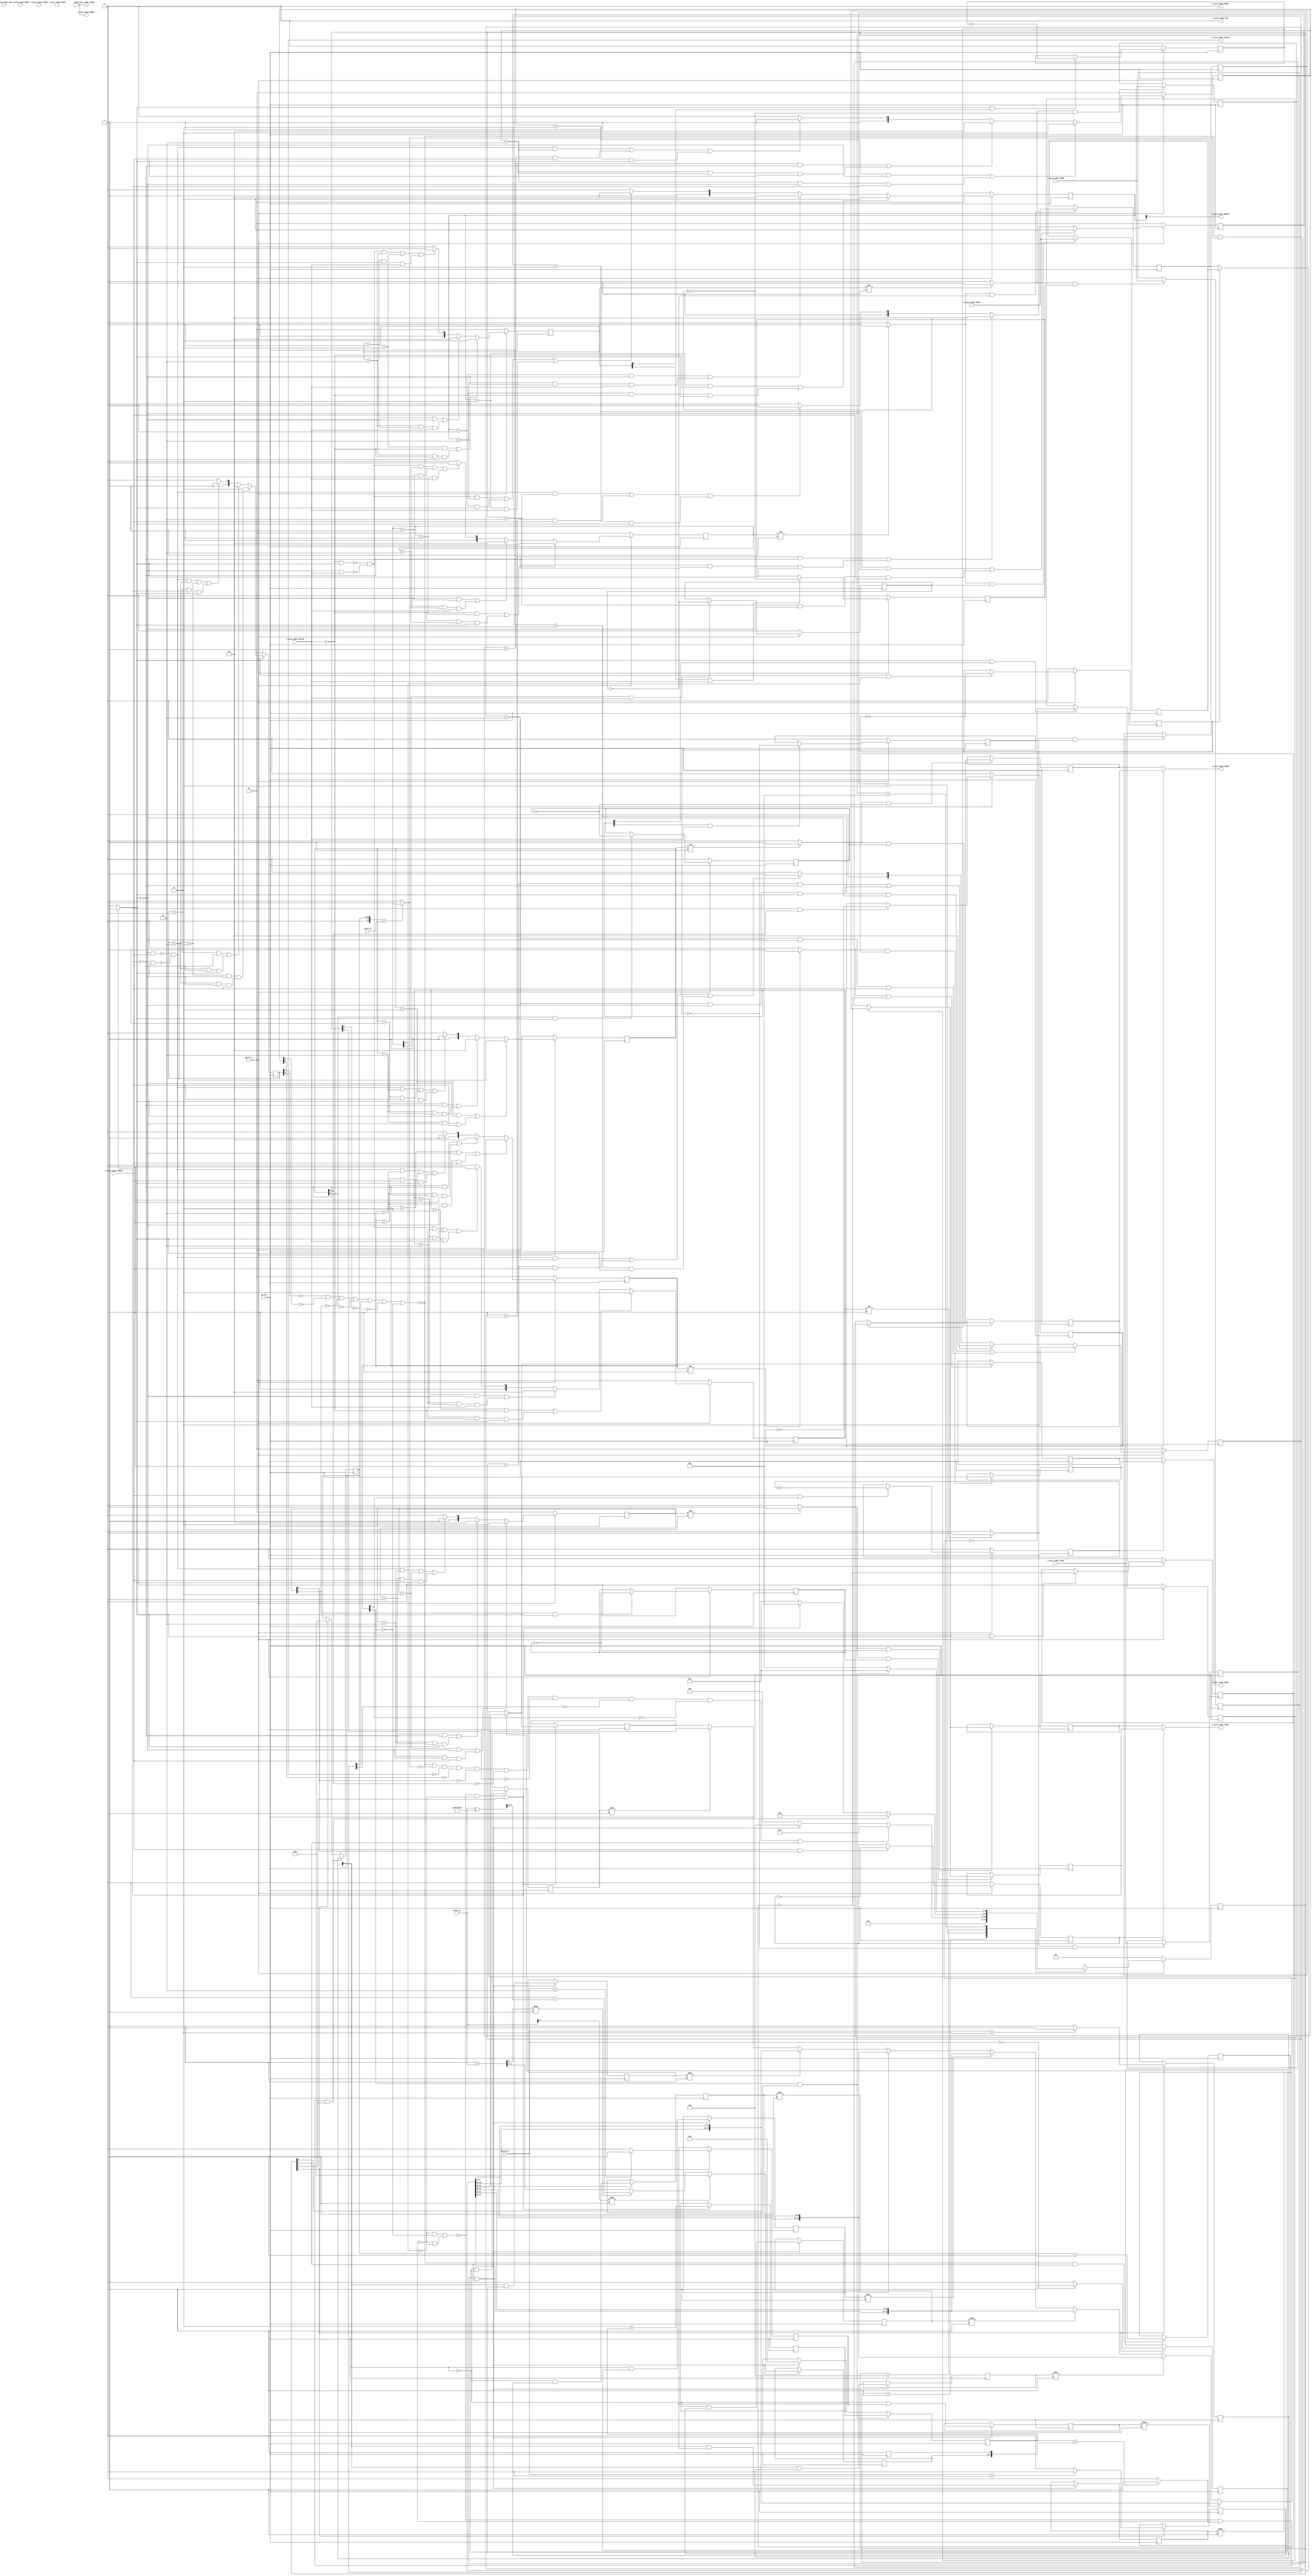
// ==============================================================
// RTL generated by Vivado(TM) HLS - High-Level Synthesis from C, C++ and SystemC
// Version: 2018.3
// Copyright (C) 1986-2018 Xilinx, Inc. All Rights Reserved.
// 
// ===========================================================

`timescale 1 ns / 1 ps 

(* CORE_GENERATION_INFO="rgb2bayer,hls_ip_2018_3,{HLS_INPUT_TYPE=cxx,HLS_INPUT_FLOAT=0,HLS_INPUT_FIXED=1,HLS_INPUT_PART=xc7z020clg484-1,HLS_INPUT_CLOCK=10.000000,HLS_INPUT_ARCH=others,HLS_SYN_CLOCK=3.466000,HLS_SYN_LAT=-1,HLS_SYN_TPT=none,HLS_SYN_MEM=0,HLS_SYN_DSP=0,HLS_SYN_FF=435,HLS_SYN_LUT=887,HLS_VERSION=2018_3}" *)

module rgb2bayer_12bit_2spc (
        ap_clk,
        ap_rst_n,
        s_axis_video_TDATA,
        s_axis_video_TVALID,
        s_axis_video_TREADY,
        s_axis_video_TKEEP,
        s_axis_video_TSTRB,
        s_axis_video_TUSER,
        s_axis_video_TLAST,
        s_axis_video_TID,
        s_axis_video_TDEST,
        m_axis_video_TDATA,
        m_axis_video_TVALID,
        m_axis_video_TREADY,
        m_axis_video_TKEEP,
        m_axis_video_TSTRB,
        m_axis_video_TUSER,
        m_axis_video_TLAST,
        m_axis_video_TID,
        m_axis_video_TDEST,
        hsize_in,
        vsize_in,
        pattern_V
);

parameter    ap_ST_fsm_state1 = 4'd1;
parameter    ap_ST_fsm_state2 = 4'd2;
parameter    ap_ST_fsm_state3 = 4'd4;
parameter    ap_ST_fsm_state4 = 4'd8;

input   ap_clk;
input   ap_rst_n;
input  [71:0] s_axis_video_TDATA;
input   s_axis_video_TVALID;
output   s_axis_video_TREADY;
input  [8:0] s_axis_video_TKEEP;
input  [8:0] s_axis_video_TSTRB;
input  [0:0] s_axis_video_TUSER;
input  [0:0] s_axis_video_TLAST;
input  [0:0] s_axis_video_TID;
input  [0:0] s_axis_video_TDEST;
output  [23:0] m_axis_video_TDATA;
output   m_axis_video_TVALID;
input   m_axis_video_TREADY;
output  [2:0] m_axis_video_TKEEP;
output  [2:0] m_axis_video_TSTRB;
output  [0:0] m_axis_video_TUSER;
output  [0:0] m_axis_video_TLAST;
output  [0:0] m_axis_video_TID;
output  [0:0] m_axis_video_TDEST;
input  [31:0] hsize_in;
input  [31:0] vsize_in;
input  [1:0] pattern_V;

 reg    ap_rst_n_inv;
reg   [71:0] s_axis_video_V_data_V_0_data_out;
wire    s_axis_video_V_data_V_0_vld_in;
wire    s_axis_video_V_data_V_0_vld_out;
wire    s_axis_video_V_data_V_0_ack_in;
reg    s_axis_video_V_data_V_0_ack_out;
reg   [71:0] s_axis_video_V_data_V_0_payload_A;
reg   [71:0] s_axis_video_V_data_V_0_payload_B;
reg    s_axis_video_V_data_V_0_sel_rd;
reg    s_axis_video_V_data_V_0_sel_wr;
wire    s_axis_video_V_data_V_0_sel;
wire    s_axis_video_V_data_V_0_load_A;
wire    s_axis_video_V_data_V_0_load_B;
reg   [1:0] s_axis_video_V_data_V_0_state;
wire    s_axis_video_V_data_V_0_state_cmp_full;
reg   [0:0] s_axis_video_V_user_V_0_data_out;
wire    s_axis_video_V_user_V_0_vld_in;
wire    s_axis_video_V_user_V_0_vld_out;
wire    s_axis_video_V_user_V_0_ack_in;
reg    s_axis_video_V_user_V_0_ack_out;
reg   [0:0] s_axis_video_V_user_V_0_payload_A;
reg   [0:0] s_axis_video_V_user_V_0_payload_B;
reg    s_axis_video_V_user_V_0_sel_rd;
reg    s_axis_video_V_user_V_0_sel_wr;
wire    s_axis_video_V_user_V_0_sel;
wire    s_axis_video_V_user_V_0_load_A;
wire    s_axis_video_V_user_V_0_load_B;
reg   [1:0] s_axis_video_V_user_V_0_state;
wire    s_axis_video_V_user_V_0_state_cmp_full;
reg   [0:0] s_axis_video_V_last_V_0_data_out;
wire    s_axis_video_V_last_V_0_vld_in;
wire    s_axis_video_V_last_V_0_vld_out;
wire    s_axis_video_V_last_V_0_ack_in;
reg    s_axis_video_V_last_V_0_ack_out;
reg   [0:0] s_axis_video_V_last_V_0_payload_A;
reg   [0:0] s_axis_video_V_last_V_0_payload_B;
reg    s_axis_video_V_last_V_0_sel_rd;
reg    s_axis_video_V_last_V_0_sel_wr;
wire    s_axis_video_V_last_V_0_sel;
wire    s_axis_video_V_last_V_0_load_A;
wire    s_axis_video_V_last_V_0_load_B;
reg   [1:0] s_axis_video_V_last_V_0_state;
wire    s_axis_video_V_last_V_0_state_cmp_full;
wire    s_axis_video_V_dest_V_0_vld_in;
reg    s_axis_video_V_dest_V_0_ack_out;
reg   [1:0] s_axis_video_V_dest_V_0_state;
reg   [23:0] m_axis_video_V_data_V_1_data_out;
reg    m_axis_video_V_data_V_1_vld_in;
wire    m_axis_video_V_data_V_1_vld_out;
wire    m_axis_video_V_data_V_1_ack_in;
wire    m_axis_video_V_data_V_1_ack_out;
reg   [23:0] m_axis_video_V_data_V_1_payload_A;
reg   [23:0] m_axis_video_V_data_V_1_payload_B;
reg    m_axis_video_V_data_V_1_sel_rd;
reg    m_axis_video_V_data_V_1_sel_wr;
wire    m_axis_video_V_data_V_1_sel;
wire    m_axis_video_V_data_V_1_load_A;
wire    m_axis_video_V_data_V_1_load_B;
reg   [1:0] m_axis_video_V_data_V_1_state;
wire    m_axis_video_V_data_V_1_state_cmp_full;
wire   [2:0] m_axis_video_V_keep_V_1_data_out;
reg    m_axis_video_V_keep_V_1_vld_in;
wire    m_axis_video_V_keep_V_1_vld_out;
wire    m_axis_video_V_keep_V_1_ack_in;
wire    m_axis_video_V_keep_V_1_ack_out;
reg    m_axis_video_V_keep_V_1_sel_rd;
wire    m_axis_video_V_keep_V_1_sel;
reg   [1:0] m_axis_video_V_keep_V_1_state;
wire   [2:0] m_axis_video_V_strb_V_1_data_out;
reg    m_axis_video_V_strb_V_1_vld_in;
wire    m_axis_video_V_strb_V_1_vld_out;
wire    m_axis_video_V_strb_V_1_ack_in;
wire    m_axis_video_V_strb_V_1_ack_out;
reg    m_axis_video_V_strb_V_1_sel_rd;
wire    m_axis_video_V_strb_V_1_sel;
reg   [1:0] m_axis_video_V_strb_V_1_state;
reg   [0:0] m_axis_video_V_user_V_1_data_out;
reg    m_axis_video_V_user_V_1_vld_in;
wire    m_axis_video_V_user_V_1_vld_out;
wire    m_axis_video_V_user_V_1_ack_in;
wire    m_axis_video_V_user_V_1_ack_out;
reg   [0:0] m_axis_video_V_user_V_1_payload_A;
reg   [0:0] m_axis_video_V_user_V_1_payload_B;
reg    m_axis_video_V_user_V_1_sel_rd;
reg    m_axis_video_V_user_V_1_sel_wr;
wire    m_axis_video_V_user_V_1_sel;
wire    m_axis_video_V_user_V_1_load_A;
wire    m_axis_video_V_user_V_1_load_B;
reg   [1:0] m_axis_video_V_user_V_1_state;
wire    m_axis_video_V_user_V_1_state_cmp_full;
reg   [0:0] m_axis_video_V_last_V_1_data_out;
reg    m_axis_video_V_last_V_1_vld_in;
wire    m_axis_video_V_last_V_1_vld_out;
wire    m_axis_video_V_last_V_1_ack_in;
wire    m_axis_video_V_last_V_1_ack_out;
reg   [0:0] m_axis_video_V_last_V_1_payload_A;
reg   [0:0] m_axis_video_V_last_V_1_payload_B;
reg    m_axis_video_V_last_V_1_sel_rd;
reg    m_axis_video_V_last_V_1_sel_wr;
wire    m_axis_video_V_last_V_1_sel;
wire    m_axis_video_V_last_V_1_load_A;
wire    m_axis_video_V_last_V_1_load_B;
reg   [1:0] m_axis_video_V_last_V_1_state;
wire    m_axis_video_V_last_V_1_state_cmp_full;
wire   [0:0] m_axis_video_V_id_V_1_data_out;
reg    m_axis_video_V_id_V_1_vld_in;
wire    m_axis_video_V_id_V_1_vld_out;
wire    m_axis_video_V_id_V_1_ack_in;
wire    m_axis_video_V_id_V_1_ack_out;
reg    m_axis_video_V_id_V_1_sel_rd;
wire    m_axis_video_V_id_V_1_sel;
reg   [1:0] m_axis_video_V_id_V_1_state;
wire   [0:0] m_axis_video_V_dest_V_1_data_out;
reg    m_axis_video_V_dest_V_1_vld_in;
wire    m_axis_video_V_dest_V_1_vld_out;
wire    m_axis_video_V_dest_V_1_ack_in;
wire    m_axis_video_V_dest_V_1_ack_out;
reg    m_axis_video_V_dest_V_1_sel_rd;
wire    m_axis_video_V_dest_V_1_sel;
reg   [1:0] m_axis_video_V_dest_V_1_state;
reg    s_axis_video_TDATA_blk_n;
(* fsm_encoding = "none" *) reg   [3:0] ap_CS_fsm;
wire    ap_CS_fsm_state3;
wire   [0:0] tmp_10_fu_381_p2;
reg    m_axis_video_TDATA_blk_n;
wire    ap_CS_fsm_state4;
wire    ap_CS_fsm_state1;
wire   [0:0] sel_tmp_fu_217_p2;
reg   [0:0] sel_tmp_reg_567;
wire   [0:0] sel_tmp7_fu_223_p2;
reg   [0:0] sel_tmp7_reg_573;
wire   [0:0] sel_tmp4_fu_229_p2;
reg   [0:0] sel_tmp4_reg_579;
wire   [0:0] sel_tmp3_fu_235_p2;
reg   [0:0] sel_tmp3_reg_585;
wire   [30:0] j_1_fu_250_p2;
reg   [30:0] j_1_reg_594;
wire    ap_CS_fsm_state2;
reg    ap_block_state2;
wire   [0:0] sel_tmp1_fu_266_p2;
reg   [0:0] sel_tmp1_reg_599;
wire   [0:0] tmp_1_fu_245_p2;
wire   [0:0] sel_tmp5_fu_271_p2;
reg   [0:0] sel_tmp5_reg_604;
wire   [0:0] sel_tmp8_fu_276_p2;
reg   [0:0] sel_tmp8_reg_609;
wire   [0:0] sel_tmp2_fu_281_p2;
reg   [0:0] sel_tmp2_reg_614;
wire   [0:0] sel_tmp6_fu_286_p2;
reg   [0:0] sel_tmp6_reg_619;
wire   [0:0] sel_tmp9_fu_291_p2;
reg   [0:0] sel_tmp9_reg_624;
wire   [0:0] sel_tmp10_fu_296_p2;
reg   [0:0] sel_tmp10_reg_629;
wire   [0:0] sel_tmp11_fu_301_p2;
reg   [0:0] sel_tmp11_reg_634;
wire   [31:0] tmp_9_fu_373_p3;
reg   [31:0] tmp_9_reg_639;
reg    ap_block_state3;
reg    ap_block_state3_io;
wire   [23:0] video_o_data_V_fu_530_p3;
wire   [31:0] i_1_fu_538_p2;
reg   [31:0] i_1_reg_662;
reg   [30:0] j_reg_195;
reg   [31:0] i_reg_206;
reg   [23:0] p_Val2_s_fu_126;
wire   [31:0] j_cast_fu_241_p1;
wire   [0:0] tmp_2_fu_256_p1;
wire   [0:0] tmp_3_fu_260_p2;
wire   [31:0] hsize_in_op_op_fu_313_p2;
wire   [31:0] p_neg_fu_326_p2;
wire   [30:0] p_lshr_fu_331_p4;
wire   [0:0] tmp_5_fu_318_p3;
wire   [30:0] p_neg_t_fu_341_p2;
wire   [30:0] tmp_6_fu_347_p4;
wire   [0:0] tmp_4_fu_306_p3;
wire   [30:0] tmp_7_fu_357_p3;
wire   [30:0] tmp_8_fu_365_p3;
wire   [11:0] p_Result_6_fu_417_p4;
wire   [11:0] tmp_11_fu_413_p1;
wire   [11:0] p_Result_s_7_fu_435_p4;
wire   [11:0] p_Result_3_fu_463_p4;
wire   [11:0] p_Result_2_fu_453_p4;
wire   [23:0] p_Result_s_fu_403_p4;
wire   [23:0] p_Result_1_fu_427_p3;
wire   [23:0] video_o_data_V_4_fu_481_p3;
wire   [23:0] p_Result_4_fu_445_p3;
wire   [23:0] video_o_data_V_5_fu_488_p3;
wire   [23:0] p_Result_5_fu_473_p3;
wire   [23:0] video_o_data_V_6_fu_495_p3;
wire   [23:0] video_o_data_V_7_fu_502_p3;
wire   [23:0] video_o_data_V_8_fu_509_p3;
wire   [23:0] video_o_data_V_9_fu_516_p3;
wire   [23:0] video_o_data_V_11_fu_523_p3;
reg   [3:0] ap_NS_fsm;

// power-on initialization
initial begin
#0 s_axis_video_V_data_V_0_sel_rd = 1'b0;
#0 s_axis_video_V_data_V_0_sel_wr = 1'b0;
#0 s_axis_video_V_data_V_0_state = 2'd0;
#0 s_axis_video_V_user_V_0_sel_rd = 1'b0;
#0 s_axis_video_V_user_V_0_sel_wr = 1'b0;
#0 s_axis_video_V_user_V_0_state = 2'd0;
#0 s_axis_video_V_last_V_0_sel_rd = 1'b0;
#0 s_axis_video_V_last_V_0_sel_wr = 1'b0;
#0 s_axis_video_V_last_V_0_state = 2'd0;
#0 s_axis_video_V_dest_V_0_state = 2'd0;
#0 m_axis_video_V_data_V_1_sel_rd = 1'b0;
#0 m_axis_video_V_data_V_1_sel_wr = 1'b0;
#0 m_axis_video_V_data_V_1_state = 2'd0;
#0 m_axis_video_V_keep_V_1_sel_rd = 1'b0;
#0 m_axis_video_V_keep_V_1_state = 2'd0;
#0 m_axis_video_V_strb_V_1_sel_rd = 1'b0;
#0 m_axis_video_V_strb_V_1_state = 2'd0;
#0 m_axis_video_V_user_V_1_sel_rd = 1'b0;
#0 m_axis_video_V_user_V_1_sel_wr = 1'b0;
#0 m_axis_video_V_user_V_1_state = 2'd0;
#0 m_axis_video_V_last_V_1_sel_rd = 1'b0;
#0 m_axis_video_V_last_V_1_sel_wr = 1'b0;
#0 m_axis_video_V_last_V_1_state = 2'd0;
#0 m_axis_video_V_id_V_1_sel_rd = 1'b0;
#0 m_axis_video_V_id_V_1_state = 2'd0;
#0 m_axis_video_V_dest_V_1_sel_rd = 1'b0;
#0 m_axis_video_V_dest_V_1_state = 2'd0;
#0 ap_CS_fsm = 4'd1;
end

always @ (posedge ap_clk) begin
    if (ap_rst_n_inv == 1'b1) begin
        ap_CS_fsm <= ap_ST_fsm_state1;
    end else begin
        ap_CS_fsm <= ap_NS_fsm;
    end
end

always @ (posedge ap_clk) begin
    if (ap_rst_n_inv == 1'b1) begin
        m_axis_video_V_data_V_1_sel_rd <= 1'b0;
    end else begin
        if (((m_axis_video_V_data_V_1_ack_out == 1'b1) & (m_axis_video_V_data_V_1_vld_out == 1'b1))) begin
            m_axis_video_V_data_V_1_sel_rd <= ~m_axis_video_V_data_V_1_sel_rd;
        end
    end
end

always @ (posedge ap_clk) begin
    if (ap_rst_n_inv == 1'b1) begin
        m_axis_video_V_data_V_1_sel_wr <= 1'b0;
    end else begin
        if (((m_axis_video_V_data_V_1_ack_in == 1'b1) & (m_axis_video_V_data_V_1_vld_in == 1'b1))) begin
            m_axis_video_V_data_V_1_sel_wr <= ~m_axis_video_V_data_V_1_sel_wr;
        end
    end
end

always @ (posedge ap_clk) begin
    if (ap_rst_n_inv == 1'b1) begin
        m_axis_video_V_data_V_1_state <= 2'd0;
    end else begin
        if ((((m_axis_video_V_data_V_1_state == 2'd2) & (m_axis_video_V_data_V_1_vld_in == 1'b0)) | ((m_axis_video_V_data_V_1_state == 2'd3) & (m_axis_video_V_data_V_1_vld_in == 1'b0) & (m_axis_video_V_data_V_1_ack_out == 1'b1)))) begin
            m_axis_video_V_data_V_1_state <= 2'd2;
        end else if ((((m_axis_video_V_data_V_1_state == 2'd1) & (m_axis_video_V_data_V_1_ack_out == 1'b0)) | ((m_axis_video_V_data_V_1_state == 2'd3) & (m_axis_video_V_data_V_1_ack_out == 1'b0) & (m_axis_video_V_data_V_1_vld_in == 1'b1)))) begin
            m_axis_video_V_data_V_1_state <= 2'd1;
        end else if (((~((m_axis_video_V_data_V_1_vld_in == 1'b0) & (m_axis_video_V_data_V_1_ack_out == 1'b1)) & ~((m_axis_video_V_data_V_1_ack_out == 1'b0) & (m_axis_video_V_data_V_1_vld_in == 1'b1)) & (m_axis_video_V_data_V_1_state == 2'd3)) | ((m_axis_video_V_data_V_1_state == 2'd1) & (m_axis_video_V_data_V_1_ack_out == 1'b1)) | ((m_axis_video_V_data_V_1_state == 2'd2) & (m_axis_video_V_data_V_1_vld_in == 1'b1)))) begin
            m_axis_video_V_data_V_1_state <= 2'd3;
        end else begin
            m_axis_video_V_data_V_1_state <= 2'd2;
        end
    end
end

always @ (posedge ap_clk) begin
    if (ap_rst_n_inv == 1'b1) begin
        m_axis_video_V_dest_V_1_sel_rd <= 1'b0;
    end else begin
        if (((m_axis_video_V_dest_V_1_ack_out == 1'b1) & (m_axis_video_V_dest_V_1_vld_out == 1'b1))) begin
            m_axis_video_V_dest_V_1_sel_rd <= ~m_axis_video_V_dest_V_1_sel_rd;
        end
    end
end

always @ (posedge ap_clk) begin
    if (ap_rst_n_inv == 1'b1) begin
        m_axis_video_V_dest_V_1_state <= 2'd0;
    end else begin
        if ((((m_axis_video_V_dest_V_1_state == 2'd2) & (m_axis_video_V_dest_V_1_vld_in == 1'b0)) | ((m_axis_video_V_dest_V_1_state == 2'd3) & (m_axis_video_V_dest_V_1_vld_in == 1'b0) & (m_axis_video_V_dest_V_1_ack_out == 1'b1)))) begin
            m_axis_video_V_dest_V_1_state <= 2'd2;
        end else if ((((m_axis_video_V_dest_V_1_state == 2'd1) & (m_axis_video_V_dest_V_1_ack_out == 1'b0)) | ((m_axis_video_V_dest_V_1_state == 2'd3) & (m_axis_video_V_dest_V_1_ack_out == 1'b0) & (m_axis_video_V_dest_V_1_vld_in == 1'b1)))) begin
            m_axis_video_V_dest_V_1_state <= 2'd1;
        end else if (((~((m_axis_video_V_dest_V_1_vld_in == 1'b0) & (m_axis_video_V_dest_V_1_ack_out == 1'b1)) & ~((m_axis_video_V_dest_V_1_ack_out == 1'b0) & (m_axis_video_V_dest_V_1_vld_in == 1'b1)) & (m_axis_video_V_dest_V_1_state == 2'd3)) | ((m_axis_video_V_dest_V_1_state == 2'd1) & (m_axis_video_V_dest_V_1_ack_out == 1'b1)) | ((m_axis_video_V_dest_V_1_state == 2'd2) & (m_axis_video_V_dest_V_1_vld_in == 1'b1)))) begin
            m_axis_video_V_dest_V_1_state <= 2'd3;
        end else begin
            m_axis_video_V_dest_V_1_state <= 2'd2;
        end
    end
end

always @ (posedge ap_clk) begin
    if (ap_rst_n_inv == 1'b1) begin
        m_axis_video_V_id_V_1_sel_rd <= 1'b0;
    end else begin
        if (((m_axis_video_V_id_V_1_ack_out == 1'b1) & (m_axis_video_V_id_V_1_vld_out == 1'b1))) begin
            m_axis_video_V_id_V_1_sel_rd <= ~m_axis_video_V_id_V_1_sel_rd;
        end
    end
end

always @ (posedge ap_clk) begin
    if (ap_rst_n_inv == 1'b1) begin
        m_axis_video_V_id_V_1_state <= 2'd0;
    end else begin
        if ((((m_axis_video_V_id_V_1_state == 2'd2) & (m_axis_video_V_id_V_1_vld_in == 1'b0)) | ((m_axis_video_V_id_V_1_state == 2'd3) & (m_axis_video_V_id_V_1_vld_in == 1'b0) & (m_axis_video_V_id_V_1_ack_out == 1'b1)))) begin
            m_axis_video_V_id_V_1_state <= 2'd2;
        end else if ((((m_axis_video_V_id_V_1_state == 2'd1) & (m_axis_video_V_id_V_1_ack_out == 1'b0)) | ((m_axis_video_V_id_V_1_state == 2'd3) & (m_axis_video_V_id_V_1_ack_out == 1'b0) & (m_axis_video_V_id_V_1_vld_in == 1'b1)))) begin
            m_axis_video_V_id_V_1_state <= 2'd1;
        end else if (((~((m_axis_video_V_id_V_1_vld_in == 1'b0) & (m_axis_video_V_id_V_1_ack_out == 1'b1)) & ~((m_axis_video_V_id_V_1_ack_out == 1'b0) & (m_axis_video_V_id_V_1_vld_in == 1'b1)) & (m_axis_video_V_id_V_1_state == 2'd3)) | ((m_axis_video_V_id_V_1_state == 2'd1) & (m_axis_video_V_id_V_1_ack_out == 1'b1)) | ((m_axis_video_V_id_V_1_state == 2'd2) & (m_axis_video_V_id_V_1_vld_in == 1'b1)))) begin
            m_axis_video_V_id_V_1_state <= 2'd3;
        end else begin
            m_axis_video_V_id_V_1_state <= 2'd2;
        end
    end
end

always @ (posedge ap_clk) begin
    if (ap_rst_n_inv == 1'b1) begin
        m_axis_video_V_keep_V_1_sel_rd <= 1'b0;
    end else begin
        if (((m_axis_video_V_keep_V_1_ack_out == 1'b1) & (m_axis_video_V_keep_V_1_vld_out == 1'b1))) begin
            m_axis_video_V_keep_V_1_sel_rd <= ~m_axis_video_V_keep_V_1_sel_rd;
        end
    end
end

always @ (posedge ap_clk) begin
    if (ap_rst_n_inv == 1'b1) begin
        m_axis_video_V_keep_V_1_state <= 2'd0;
    end else begin
        if ((((m_axis_video_V_keep_V_1_state == 2'd2) & (m_axis_video_V_keep_V_1_vld_in == 1'b0)) | ((m_axis_video_V_keep_V_1_state == 2'd3) & (m_axis_video_V_keep_V_1_vld_in == 1'b0) & (m_axis_video_V_keep_V_1_ack_out == 1'b1)))) begin
            m_axis_video_V_keep_V_1_state <= 2'd2;
        end else if ((((m_axis_video_V_keep_V_1_state == 2'd1) & (m_axis_video_V_keep_V_1_ack_out == 1'b0)) | ((m_axis_video_V_keep_V_1_state == 2'd3) & (m_axis_video_V_keep_V_1_ack_out == 1'b0) & (m_axis_video_V_keep_V_1_vld_in == 1'b1)))) begin
            m_axis_video_V_keep_V_1_state <= 2'd1;
        end else if (((~((m_axis_video_V_keep_V_1_vld_in == 1'b0) & (m_axis_video_V_keep_V_1_ack_out == 1'b1)) & ~((m_axis_video_V_keep_V_1_ack_out == 1'b0) & (m_axis_video_V_keep_V_1_vld_in == 1'b1)) & (m_axis_video_V_keep_V_1_state == 2'd3)) | ((m_axis_video_V_keep_V_1_state == 2'd1) & (m_axis_video_V_keep_V_1_ack_out == 1'b1)) | ((m_axis_video_V_keep_V_1_state == 2'd2) & (m_axis_video_V_keep_V_1_vld_in == 1'b1)))) begin
            m_axis_video_V_keep_V_1_state <= 2'd3;
        end else begin
            m_axis_video_V_keep_V_1_state <= 2'd2;
        end
    end
end

always @ (posedge ap_clk) begin
    if (ap_rst_n_inv == 1'b1) begin
        m_axis_video_V_last_V_1_sel_rd <= 1'b0;
    end else begin
        if (((m_axis_video_V_last_V_1_ack_out == 1'b1) & (m_axis_video_V_last_V_1_vld_out == 1'b1))) begin
            m_axis_video_V_last_V_1_sel_rd <= ~m_axis_video_V_last_V_1_sel_rd;
        end
    end
end

always @ (posedge ap_clk) begin
    if (ap_rst_n_inv == 1'b1) begin
        m_axis_video_V_last_V_1_sel_wr <= 1'b0;
    end else begin
        if (((m_axis_video_V_last_V_1_ack_in == 1'b1) & (m_axis_video_V_last_V_1_vld_in == 1'b1))) begin
            m_axis_video_V_last_V_1_sel_wr <= ~m_axis_video_V_last_V_1_sel_wr;
        end
    end
end

always @ (posedge ap_clk) begin
    if (ap_rst_n_inv == 1'b1) begin
        m_axis_video_V_last_V_1_state <= 2'd0;
    end else begin
        if ((((m_axis_video_V_last_V_1_state == 2'd2) & (m_axis_video_V_last_V_1_vld_in == 1'b0)) | ((m_axis_video_V_last_V_1_state == 2'd3) & (m_axis_video_V_last_V_1_vld_in == 1'b0) & (m_axis_video_V_last_V_1_ack_out == 1'b1)))) begin
            m_axis_video_V_last_V_1_state <= 2'd2;
        end else if ((((m_axis_video_V_last_V_1_state == 2'd1) & (m_axis_video_V_last_V_1_ack_out == 1'b0)) | ((m_axis_video_V_last_V_1_state == 2'd3) & (m_axis_video_V_last_V_1_ack_out == 1'b0) & (m_axis_video_V_last_V_1_vld_in == 1'b1)))) begin
            m_axis_video_V_last_V_1_state <= 2'd1;
        end else if (((~((m_axis_video_V_last_V_1_vld_in == 1'b0) & (m_axis_video_V_last_V_1_ack_out == 1'b1)) & ~((m_axis_video_V_last_V_1_ack_out == 1'b0) & (m_axis_video_V_last_V_1_vld_in == 1'b1)) & (m_axis_video_V_last_V_1_state == 2'd3)) | ((m_axis_video_V_last_V_1_state == 2'd1) & (m_axis_video_V_last_V_1_ack_out == 1'b1)) | ((m_axis_video_V_last_V_1_state == 2'd2) & (m_axis_video_V_last_V_1_vld_in == 1'b1)))) begin
            m_axis_video_V_last_V_1_state <= 2'd3;
        end else begin
            m_axis_video_V_last_V_1_state <= 2'd2;
        end
    end
end

always @ (posedge ap_clk) begin
    if (ap_rst_n_inv == 1'b1) begin
        m_axis_video_V_strb_V_1_sel_rd <= 1'b0;
    end else begin
        if (((m_axis_video_V_strb_V_1_ack_out == 1'b1) & (m_axis_video_V_strb_V_1_vld_out == 1'b1))) begin
            m_axis_video_V_strb_V_1_sel_rd <= ~m_axis_video_V_strb_V_1_sel_rd;
        end
    end
end

always @ (posedge ap_clk) begin
    if (ap_rst_n_inv == 1'b1) begin
        m_axis_video_V_strb_V_1_state <= 2'd0;
    end else begin
        if ((((m_axis_video_V_strb_V_1_state == 2'd2) & (m_axis_video_V_strb_V_1_vld_in == 1'b0)) | ((m_axis_video_V_strb_V_1_state == 2'd3) & (m_axis_video_V_strb_V_1_vld_in == 1'b0) & (m_axis_video_V_strb_V_1_ack_out == 1'b1)))) begin
            m_axis_video_V_strb_V_1_state <= 2'd2;
        end else if ((((m_axis_video_V_strb_V_1_state == 2'd1) & (m_axis_video_V_strb_V_1_ack_out == 1'b0)) | ((m_axis_video_V_strb_V_1_state == 2'd3) & (m_axis_video_V_strb_V_1_ack_out == 1'b0) & (m_axis_video_V_strb_V_1_vld_in == 1'b1)))) begin
            m_axis_video_V_strb_V_1_state <= 2'd1;
        end else if (((~((m_axis_video_V_strb_V_1_vld_in == 1'b0) & (m_axis_video_V_strb_V_1_ack_out == 1'b1)) & ~((m_axis_video_V_strb_V_1_ack_out == 1'b0) & (m_axis_video_V_strb_V_1_vld_in == 1'b1)) & (m_axis_video_V_strb_V_1_state == 2'd3)) | ((m_axis_video_V_strb_V_1_state == 2'd1) & (m_axis_video_V_strb_V_1_ack_out == 1'b1)) | ((m_axis_video_V_strb_V_1_state == 2'd2) & (m_axis_video_V_strb_V_1_vld_in == 1'b1)))) begin
            m_axis_video_V_strb_V_1_state <= 2'd3;
        end else begin
            m_axis_video_V_strb_V_1_state <= 2'd2;
        end
    end
end

always @ (posedge ap_clk) begin
    if (ap_rst_n_inv == 1'b1) begin
        m_axis_video_V_user_V_1_sel_rd <= 1'b0;
    end else begin
        if (((m_axis_video_V_user_V_1_ack_out == 1'b1) & (m_axis_video_V_user_V_1_vld_out == 1'b1))) begin
            m_axis_video_V_user_V_1_sel_rd <= ~m_axis_video_V_user_V_1_sel_rd;
        end
    end
end

always @ (posedge ap_clk) begin
    if (ap_rst_n_inv == 1'b1) begin
        m_axis_video_V_user_V_1_sel_wr <= 1'b0;
    end else begin
        if (((m_axis_video_V_user_V_1_ack_in == 1'b1) & (m_axis_video_V_user_V_1_vld_in == 1'b1))) begin
            m_axis_video_V_user_V_1_sel_wr <= ~m_axis_video_V_user_V_1_sel_wr;
        end
    end
end

always @ (posedge ap_clk) begin
    if (ap_rst_n_inv == 1'b1) begin
        m_axis_video_V_user_V_1_state <= 2'd0;
    end else begin
        if ((((m_axis_video_V_user_V_1_state == 2'd2) & (m_axis_video_V_user_V_1_vld_in == 1'b0)) | ((m_axis_video_V_user_V_1_state == 2'd3) & (m_axis_video_V_user_V_1_vld_in == 1'b0) & (m_axis_video_V_user_V_1_ack_out == 1'b1)))) begin
            m_axis_video_V_user_V_1_state <= 2'd2;
        end else if ((((m_axis_video_V_user_V_1_state == 2'd1) & (m_axis_video_V_user_V_1_ack_out == 1'b0)) | ((m_axis_video_V_user_V_1_state == 2'd3) & (m_axis_video_V_user_V_1_ack_out == 1'b0) & (m_axis_video_V_user_V_1_vld_in == 1'b1)))) begin
            m_axis_video_V_user_V_1_state <= 2'd1;
        end else if (((~((m_axis_video_V_user_V_1_vld_in == 1'b0) & (m_axis_video_V_user_V_1_ack_out == 1'b1)) & ~((m_axis_video_V_user_V_1_ack_out == 1'b0) & (m_axis_video_V_user_V_1_vld_in == 1'b1)) & (m_axis_video_V_user_V_1_state == 2'd3)) | ((m_axis_video_V_user_V_1_state == 2'd1) & (m_axis_video_V_user_V_1_ack_out == 1'b1)) | ((m_axis_video_V_user_V_1_state == 2'd2) & (m_axis_video_V_user_V_1_vld_in == 1'b1)))) begin
            m_axis_video_V_user_V_1_state <= 2'd3;
        end else begin
            m_axis_video_V_user_V_1_state <= 2'd2;
        end
    end
end

always @ (posedge ap_clk) begin
    if (ap_rst_n_inv == 1'b1) begin
        s_axis_video_V_data_V_0_sel_rd <= 1'b0;
    end else begin
        if (((s_axis_video_V_data_V_0_ack_out == 1'b1) & (s_axis_video_V_data_V_0_vld_out == 1'b1))) begin
            s_axis_video_V_data_V_0_sel_rd <= ~s_axis_video_V_data_V_0_sel_rd;
        end
    end
end

always @ (posedge ap_clk) begin
    if (ap_rst_n_inv == 1'b1) begin
        s_axis_video_V_data_V_0_sel_wr <= 1'b0;
    end else begin
        if (((s_axis_video_V_data_V_0_ack_in == 1'b1) & (s_axis_video_V_data_V_0_vld_in == 1'b1))) begin
            s_axis_video_V_data_V_0_sel_wr <= ~s_axis_video_V_data_V_0_sel_wr;
        end
    end
end

always @ (posedge ap_clk) begin
    if (ap_rst_n_inv == 1'b1) begin
        s_axis_video_V_data_V_0_state <= 2'd0;
    end else begin
        if ((((s_axis_video_V_data_V_0_vld_in == 1'b0) & (s_axis_video_V_data_V_0_state == 2'd2)) | ((s_axis_video_V_data_V_0_vld_in == 1'b0) & (s_axis_video_V_data_V_0_state == 2'd3) & (s_axis_video_V_data_V_0_ack_out == 1'b1)))) begin
            s_axis_video_V_data_V_0_state <= 2'd2;
        end else if ((((s_axis_video_V_data_V_0_ack_out == 1'b0) & (s_axis_video_V_data_V_0_state == 2'd1)) | ((s_axis_video_V_data_V_0_ack_out == 1'b0) & (s_axis_video_V_data_V_0_state == 2'd3) & (s_axis_video_V_data_V_0_vld_in == 1'b1)))) begin
            s_axis_video_V_data_V_0_state <= 2'd1;
        end else if (((~((s_axis_video_V_data_V_0_vld_in == 1'b0) & (s_axis_video_V_data_V_0_ack_out == 1'b1)) & ~((s_axis_video_V_data_V_0_ack_out == 1'b0) & (s_axis_video_V_data_V_0_vld_in == 1'b1)) & (s_axis_video_V_data_V_0_state == 2'd3)) | ((s_axis_video_V_data_V_0_state == 2'd1) & (s_axis_video_V_data_V_0_ack_out == 1'b1)) | ((s_axis_video_V_data_V_0_state == 2'd2) & (s_axis_video_V_data_V_0_vld_in == 1'b1)))) begin
            s_axis_video_V_data_V_0_state <= 2'd3;
        end else begin
            s_axis_video_V_data_V_0_state <= 2'd2;
        end
    end
end

always @ (posedge ap_clk) begin
    if (ap_rst_n_inv == 1'b1) begin
        s_axis_video_V_dest_V_0_state <= 2'd0;
    end else begin
        if ((((s_axis_video_V_dest_V_0_state == 2'd2) & (s_axis_video_V_dest_V_0_vld_in == 1'b0)) | ((s_axis_video_V_dest_V_0_state == 2'd3) & (s_axis_video_V_dest_V_0_vld_in == 1'b0) & (s_axis_video_V_dest_V_0_ack_out == 1'b1)))) begin
            s_axis_video_V_dest_V_0_state <= 2'd2;
        end else if ((((s_axis_video_V_dest_V_0_state == 2'd1) & (s_axis_video_V_dest_V_0_ack_out == 1'b0)) | ((s_axis_video_V_dest_V_0_state == 2'd3) & (s_axis_video_V_dest_V_0_ack_out == 1'b0) & (s_axis_video_V_dest_V_0_vld_in == 1'b1)))) begin
            s_axis_video_V_dest_V_0_state <= 2'd1;
        end else if (((~((s_axis_video_V_dest_V_0_vld_in == 1'b0) & (s_axis_video_V_dest_V_0_ack_out == 1'b1)) & ~((s_axis_video_V_dest_V_0_ack_out == 1'b0) & (s_axis_video_V_dest_V_0_vld_in == 1'b1)) & (s_axis_video_V_dest_V_0_state == 2'd3)) | ((s_axis_video_V_dest_V_0_state == 2'd1) & (s_axis_video_V_dest_V_0_ack_out == 1'b1)) | ((s_axis_video_V_dest_V_0_state == 2'd2) & (s_axis_video_V_dest_V_0_vld_in == 1'b1)))) begin
            s_axis_video_V_dest_V_0_state <= 2'd3;
        end else begin
            s_axis_video_V_dest_V_0_state <= 2'd2;
        end
    end
end

always @ (posedge ap_clk) begin
    if (ap_rst_n_inv == 1'b1) begin
        s_axis_video_V_last_V_0_sel_rd <= 1'b0;
    end else begin
        if (((s_axis_video_V_last_V_0_ack_out == 1'b1) & (s_axis_video_V_last_V_0_vld_out == 1'b1))) begin
            s_axis_video_V_last_V_0_sel_rd <= ~s_axis_video_V_last_V_0_sel_rd;
        end
    end
end

always @ (posedge ap_clk) begin
    if (ap_rst_n_inv == 1'b1) begin
        s_axis_video_V_last_V_0_sel_wr <= 1'b0;
    end else begin
        if (((s_axis_video_V_last_V_0_ack_in == 1'b1) & (s_axis_video_V_last_V_0_vld_in == 1'b1))) begin
            s_axis_video_V_last_V_0_sel_wr <= ~s_axis_video_V_last_V_0_sel_wr;
        end
    end
end

always @ (posedge ap_clk) begin
    if (ap_rst_n_inv == 1'b1) begin
        s_axis_video_V_last_V_0_state <= 2'd0;
    end else begin
        if ((((s_axis_video_V_last_V_0_state == 2'd2) & (s_axis_video_V_last_V_0_vld_in == 1'b0)) | ((s_axis_video_V_last_V_0_state == 2'd3) & (s_axis_video_V_last_V_0_vld_in == 1'b0) & (s_axis_video_V_last_V_0_ack_out == 1'b1)))) begin
            s_axis_video_V_last_V_0_state <= 2'd2;
        end else if ((((s_axis_video_V_last_V_0_state == 2'd1) & (s_axis_video_V_last_V_0_ack_out == 1'b0)) | ((s_axis_video_V_last_V_0_state == 2'd3) & (s_axis_video_V_last_V_0_ack_out == 1'b0) & (s_axis_video_V_last_V_0_vld_in == 1'b1)))) begin
            s_axis_video_V_last_V_0_state <= 2'd1;
        end else if (((~((s_axis_video_V_last_V_0_vld_in == 1'b0) & (s_axis_video_V_last_V_0_ack_out == 1'b1)) & ~((s_axis_video_V_last_V_0_ack_out == 1'b0) & (s_axis_video_V_last_V_0_vld_in == 1'b1)) & (s_axis_video_V_last_V_0_state == 2'd3)) | ((s_axis_video_V_last_V_0_state == 2'd1) & (s_axis_video_V_last_V_0_ack_out == 1'b1)) | ((s_axis_video_V_last_V_0_state == 2'd2) & (s_axis_video_V_last_V_0_vld_in == 1'b1)))) begin
            s_axis_video_V_last_V_0_state <= 2'd3;
        end else begin
            s_axis_video_V_last_V_0_state <= 2'd2;
        end
    end
end

always @ (posedge ap_clk) begin
    if (ap_rst_n_inv == 1'b1) begin
        s_axis_video_V_user_V_0_sel_rd <= 1'b0;
    end else begin
        if (((s_axis_video_V_user_V_0_ack_out == 1'b1) & (s_axis_video_V_user_V_0_vld_out == 1'b1))) begin
            s_axis_video_V_user_V_0_sel_rd <= ~s_axis_video_V_user_V_0_sel_rd;
        end
    end
end

always @ (posedge ap_clk) begin
    if (ap_rst_n_inv == 1'b1) begin
        s_axis_video_V_user_V_0_sel_wr <= 1'b0;
    end else begin
        if (((s_axis_video_V_user_V_0_ack_in == 1'b1) & (s_axis_video_V_user_V_0_vld_in == 1'b1))) begin
            s_axis_video_V_user_V_0_sel_wr <= ~s_axis_video_V_user_V_0_sel_wr;
        end
    end
end

always @ (posedge ap_clk) begin
    if (ap_rst_n_inv == 1'b1) begin
        s_axis_video_V_user_V_0_state <= 2'd0;
    end else begin
        if ((((s_axis_video_V_user_V_0_state == 2'd2) & (s_axis_video_V_user_V_0_vld_in == 1'b0)) | ((s_axis_video_V_user_V_0_state == 2'd3) & (s_axis_video_V_user_V_0_vld_in == 1'b0) & (s_axis_video_V_user_V_0_ack_out == 1'b1)))) begin
            s_axis_video_V_user_V_0_state <= 2'd2;
        end else if ((((s_axis_video_V_user_V_0_state == 2'd1) & (s_axis_video_V_user_V_0_ack_out == 1'b0)) | ((s_axis_video_V_user_V_0_state == 2'd3) & (s_axis_video_V_user_V_0_ack_out == 1'b0) & (s_axis_video_V_user_V_0_vld_in == 1'b1)))) begin
            s_axis_video_V_user_V_0_state <= 2'd1;
        end else if (((~((s_axis_video_V_user_V_0_vld_in == 1'b0) & (s_axis_video_V_user_V_0_ack_out == 1'b1)) & ~((s_axis_video_V_user_V_0_ack_out == 1'b0) & (s_axis_video_V_user_V_0_vld_in == 1'b1)) & (s_axis_video_V_user_V_0_state == 2'd3)) | ((s_axis_video_V_user_V_0_state == 2'd1) & (s_axis_video_V_user_V_0_ack_out == 1'b1)) | ((s_axis_video_V_user_V_0_state == 2'd2) & (s_axis_video_V_user_V_0_vld_in == 1'b1)))) begin
            s_axis_video_V_user_V_0_state <= 2'd3;
        end else begin
            s_axis_video_V_user_V_0_state <= 2'd2;
        end
    end
end

always @ (posedge ap_clk) begin
    if (((m_axis_video_V_data_V_1_ack_in == 1'b1) & (1'b1 == ap_CS_fsm_state4))) begin
        i_reg_206 <= i_1_reg_662;
    end else if ((~((m_axis_video_V_dest_V_1_ack_in == 1'b0) | (m_axis_video_V_id_V_1_ack_in == 1'b0) | (m_axis_video_V_last_V_1_ack_in == 1'b0) | (m_axis_video_V_user_V_1_ack_in == 1'b0) | (m_axis_video_V_strb_V_1_ack_in == 1'b0) | (m_axis_video_V_keep_V_1_ack_in == 1'b0) | (m_axis_video_V_data_V_1_ack_in == 1'b0)) & (tmp_1_fu_245_p2 == 1'd1) & (1'b1 == ap_CS_fsm_state2))) begin
        i_reg_206 <= 32'd0;
    end
end

always @ (posedge ap_clk) begin
    if ((~((1'b1 == ap_block_state3_io) | ((tmp_10_fu_381_p2 == 1'd0) & (s_axis_video_V_data_V_0_vld_out == 1'b0))) & (tmp_10_fu_381_p2 == 1'd1) & (1'b1 == ap_CS_fsm_state3))) begin
        j_reg_195 <= j_1_reg_594;
    end else if ((1'b1 == ap_CS_fsm_state1)) begin
        j_reg_195 <= 31'd0;
    end
end

always @ (posedge ap_clk) begin
    if ((~((1'b1 == ap_block_state3_io) | ((tmp_10_fu_381_p2 == 1'd0) & (s_axis_video_V_data_V_0_vld_out == 1'b0))) & (tmp_10_fu_381_p2 == 1'd0) & (1'b1 == ap_CS_fsm_state3))) begin
        i_1_reg_662 <= i_1_fu_538_p2;
        p_Val2_s_fu_126 <= video_o_data_V_fu_530_p3;
    end
end

always @ (posedge ap_clk) begin
    if ((~((m_axis_video_V_dest_V_1_ack_in == 1'b0) | (m_axis_video_V_id_V_1_ack_in == 1'b0) | (m_axis_video_V_last_V_1_ack_in == 1'b0) | (m_axis_video_V_user_V_1_ack_in == 1'b0) | (m_axis_video_V_strb_V_1_ack_in == 1'b0) | (m_axis_video_V_keep_V_1_ack_in == 1'b0) | (m_axis_video_V_data_V_1_ack_in == 1'b0)) & (1'b1 == ap_CS_fsm_state2))) begin
        j_1_reg_594 <= j_1_fu_250_p2;
    end
end

always @ (posedge ap_clk) begin
    if ((m_axis_video_V_data_V_1_load_A == 1'b1)) begin
        m_axis_video_V_data_V_1_payload_A <= video_o_data_V_fu_530_p3;
    end
end

always @ (posedge ap_clk) begin
    if ((m_axis_video_V_data_V_1_load_B == 1'b1)) begin
        m_axis_video_V_data_V_1_payload_B <= video_o_data_V_fu_530_p3;
    end
end

always @ (posedge ap_clk) begin
    if ((m_axis_video_V_last_V_1_load_A == 1'b1)) begin
        m_axis_video_V_last_V_1_payload_A <= s_axis_video_V_last_V_0_data_out;
    end
end

always @ (posedge ap_clk) begin
    if ((m_axis_video_V_last_V_1_load_B == 1'b1)) begin
        m_axis_video_V_last_V_1_payload_B <= s_axis_video_V_last_V_0_data_out;
    end
end

always @ (posedge ap_clk) begin
    if ((m_axis_video_V_user_V_1_load_A == 1'b1)) begin
        m_axis_video_V_user_V_1_payload_A <= s_axis_video_V_user_V_0_data_out;
    end
end

always @ (posedge ap_clk) begin
    if ((m_axis_video_V_user_V_1_load_B == 1'b1)) begin
        m_axis_video_V_user_V_1_payload_B <= s_axis_video_V_user_V_0_data_out;
    end
end

always @ (posedge ap_clk) begin
    if ((s_axis_video_V_data_V_0_load_A == 1'b1)) begin
        s_axis_video_V_data_V_0_payload_A <= s_axis_video_TDATA;
    end
end

always @ (posedge ap_clk) begin
    if ((s_axis_video_V_data_V_0_load_B == 1'b1)) begin
        s_axis_video_V_data_V_0_payload_B <= s_axis_video_TDATA;
    end
end

always @ (posedge ap_clk) begin
    if ((s_axis_video_V_last_V_0_load_A == 1'b1)) begin
        s_axis_video_V_last_V_0_payload_A <= s_axis_video_TLAST;
    end
end

always @ (posedge ap_clk) begin
    if ((s_axis_video_V_last_V_0_load_B == 1'b1)) begin
        s_axis_video_V_last_V_0_payload_B <= s_axis_video_TLAST;
    end
end

always @ (posedge ap_clk) begin
    if ((s_axis_video_V_user_V_0_load_A == 1'b1)) begin
        s_axis_video_V_user_V_0_payload_A <= s_axis_video_TUSER;
    end
end

always @ (posedge ap_clk) begin
    if ((s_axis_video_V_user_V_0_load_B == 1'b1)) begin
        s_axis_video_V_user_V_0_payload_B <= s_axis_video_TUSER;
    end
end

always @ (posedge ap_clk) begin
    if ((~((m_axis_video_V_dest_V_1_ack_in == 1'b0) | (m_axis_video_V_id_V_1_ack_in == 1'b0) | (m_axis_video_V_last_V_1_ack_in == 1'b0) | (m_axis_video_V_user_V_1_ack_in == 1'b0) | (m_axis_video_V_strb_V_1_ack_in == 1'b0) | (m_axis_video_V_keep_V_1_ack_in == 1'b0) | (m_axis_video_V_data_V_1_ack_in == 1'b0)) & (tmp_1_fu_245_p2 == 1'd1) & (1'b1 == ap_CS_fsm_state2))) begin
        sel_tmp10_reg_629 <= sel_tmp10_fu_296_p2;
        sel_tmp11_reg_634 <= sel_tmp11_fu_301_p2;
        sel_tmp1_reg_599 <= sel_tmp1_fu_266_p2;
        sel_tmp2_reg_614 <= sel_tmp2_fu_281_p2;
        sel_tmp5_reg_604 <= sel_tmp5_fu_271_p2;
        sel_tmp6_reg_619 <= sel_tmp6_fu_286_p2;
        sel_tmp8_reg_609 <= sel_tmp8_fu_276_p2;
        sel_tmp9_reg_624 <= sel_tmp9_fu_291_p2;
        tmp_9_reg_639[31 : 1] <= tmp_9_fu_373_p3[31 : 1];
    end
end

always @ (posedge ap_clk) begin
    if ((1'b1 == ap_CS_fsm_state1)) begin
        sel_tmp3_reg_585 <= sel_tmp3_fu_235_p2;
        sel_tmp4_reg_579 <= sel_tmp4_fu_229_p2;
        sel_tmp7_reg_573 <= sel_tmp7_fu_223_p2;
        sel_tmp_reg_567 <= sel_tmp_fu_217_p2;
    end
end

always @ (*) begin
    if (((1'b1 == ap_CS_fsm_state4) | ((tmp_10_fu_381_p2 == 1'd0) & (1'b1 == ap_CS_fsm_state3)))) begin
        m_axis_video_TDATA_blk_n = m_axis_video_V_data_V_1_state[1'd1];
    end else begin
        m_axis_video_TDATA_blk_n = 1'b1;
    end
end

always @ (*) begin
    if ((m_axis_video_V_data_V_1_sel == 1'b1)) begin
        m_axis_video_V_data_V_1_data_out = m_axis_video_V_data_V_1_payload_B;
    end else begin
        m_axis_video_V_data_V_1_data_out = m_axis_video_V_data_V_1_payload_A;
    end
end

always @ (*) begin
    if ((~((1'b1 == ap_block_state3_io) | ((tmp_10_fu_381_p2 == 1'd0) & (s_axis_video_V_data_V_0_vld_out == 1'b0))) & (tmp_10_fu_381_p2 == 1'd0) & (1'b1 == ap_CS_fsm_state3))) begin
        m_axis_video_V_data_V_1_vld_in = 1'b1;
    end else begin
        m_axis_video_V_data_V_1_vld_in = 1'b0;
    end
end

always @ (*) begin
    if ((~((1'b1 == ap_block_state3_io) | ((tmp_10_fu_381_p2 == 1'd0) & (s_axis_video_V_data_V_0_vld_out == 1'b0))) & (tmp_10_fu_381_p2 == 1'd0) & (1'b1 == ap_CS_fsm_state3))) begin
        m_axis_video_V_dest_V_1_vld_in = 1'b1;
    end else begin
        m_axis_video_V_dest_V_1_vld_in = 1'b0;
    end
end

always @ (*) begin
    if ((~((1'b1 == ap_block_state3_io) | ((tmp_10_fu_381_p2 == 1'd0) & (s_axis_video_V_data_V_0_vld_out == 1'b0))) & (tmp_10_fu_381_p2 == 1'd0) & (1'b1 == ap_CS_fsm_state3))) begin
        m_axis_video_V_id_V_1_vld_in = 1'b1;
    end else begin
        m_axis_video_V_id_V_1_vld_in = 1'b0;
    end
end

always @ (*) begin
    if ((~((1'b1 == ap_block_state3_io) | ((tmp_10_fu_381_p2 == 1'd0) & (s_axis_video_V_data_V_0_vld_out == 1'b0))) & (tmp_10_fu_381_p2 == 1'd0) & (1'b1 == ap_CS_fsm_state3))) begin
        m_axis_video_V_keep_V_1_vld_in = 1'b1;
    end else begin
        m_axis_video_V_keep_V_1_vld_in = 1'b0;
    end
end

always @ (*) begin
    if ((m_axis_video_V_last_V_1_sel == 1'b1)) begin
        m_axis_video_V_last_V_1_data_out = m_axis_video_V_last_V_1_payload_B;
    end else begin
        m_axis_video_V_last_V_1_data_out = m_axis_video_V_last_V_1_payload_A;
    end
end

always @ (*) begin
    if ((~((1'b1 == ap_block_state3_io) | ((tmp_10_fu_381_p2 == 1'd0) & (s_axis_video_V_data_V_0_vld_out == 1'b0))) & (tmp_10_fu_381_p2 == 1'd0) & (1'b1 == ap_CS_fsm_state3))) begin
        m_axis_video_V_last_V_1_vld_in = 1'b1;
    end else begin
        m_axis_video_V_last_V_1_vld_in = 1'b0;
    end
end

always @ (*) begin
    if ((~((1'b1 == ap_block_state3_io) | ((tmp_10_fu_381_p2 == 1'd0) & (s_axis_video_V_data_V_0_vld_out == 1'b0))) & (tmp_10_fu_381_p2 == 1'd0) & (1'b1 == ap_CS_fsm_state3))) begin
        m_axis_video_V_strb_V_1_vld_in = 1'b1;
    end else begin
        m_axis_video_V_strb_V_1_vld_in = 1'b0;
    end
end

always @ (*) begin
    if ((m_axis_video_V_user_V_1_sel == 1'b1)) begin
        m_axis_video_V_user_V_1_data_out = m_axis_video_V_user_V_1_payload_B;
    end else begin
        m_axis_video_V_user_V_1_data_out = m_axis_video_V_user_V_1_payload_A;
    end
end

always @ (*) begin
    if ((~((1'b1 == ap_block_state3_io) | ((tmp_10_fu_381_p2 == 1'd0) & (s_axis_video_V_data_V_0_vld_out == 1'b0))) & (tmp_10_fu_381_p2 == 1'd0) & (1'b1 == ap_CS_fsm_state3))) begin
        m_axis_video_V_user_V_1_vld_in = 1'b1;
    end else begin
        m_axis_video_V_user_V_1_vld_in = 1'b0;
    end
end

always @ (*) begin
    if (((tmp_10_fu_381_p2 == 1'd0) & (1'b1 == ap_CS_fsm_state3))) begin
        s_axis_video_TDATA_blk_n = s_axis_video_V_data_V_0_state[1'd0];
    end else begin
        s_axis_video_TDATA_blk_n = 1'b1;
    end
end

always @ (*) begin
    if ((~((1'b1 == ap_block_state3_io) | ((tmp_10_fu_381_p2 == 1'd0) & (s_axis_video_V_data_V_0_vld_out == 1'b0))) & (tmp_10_fu_381_p2 == 1'd0) & (1'b1 == ap_CS_fsm_state3))) begin
        s_axis_video_V_data_V_0_ack_out = 1'b1;
    end else begin
        s_axis_video_V_data_V_0_ack_out = 1'b0;
    end
end

always @ (*) begin
    if ((s_axis_video_V_data_V_0_sel == 1'b1)) begin
        s_axis_video_V_data_V_0_data_out = s_axis_video_V_data_V_0_payload_B;
    end else begin
        s_axis_video_V_data_V_0_data_out = s_axis_video_V_data_V_0_payload_A;
    end
end

always @ (*) begin
    if ((~((1'b1 == ap_block_state3_io) | ((tmp_10_fu_381_p2 == 1'd0) & (s_axis_video_V_data_V_0_vld_out == 1'b0))) & (tmp_10_fu_381_p2 == 1'd0) & (1'b1 == ap_CS_fsm_state3))) begin
        s_axis_video_V_dest_V_0_ack_out = 1'b1;
    end else begin
        s_axis_video_V_dest_V_0_ack_out = 1'b0;
    end
end

always @ (*) begin
    if ((~((1'b1 == ap_block_state3_io) | ((tmp_10_fu_381_p2 == 1'd0) & (s_axis_video_V_data_V_0_vld_out == 1'b0))) & (tmp_10_fu_381_p2 == 1'd0) & (1'b1 == ap_CS_fsm_state3))) begin
        s_axis_video_V_last_V_0_ack_out = 1'b1;
    end else begin
        s_axis_video_V_last_V_0_ack_out = 1'b0;
    end
end

always @ (*) begin
    if ((s_axis_video_V_last_V_0_sel == 1'b1)) begin
        s_axis_video_V_last_V_0_data_out = s_axis_video_V_last_V_0_payload_B;
    end else begin
        s_axis_video_V_last_V_0_data_out = s_axis_video_V_last_V_0_payload_A;
    end
end

always @ (*) begin
    if ((~((1'b1 == ap_block_state3_io) | ((tmp_10_fu_381_p2 == 1'd0) & (s_axis_video_V_data_V_0_vld_out == 1'b0))) & (tmp_10_fu_381_p2 == 1'd0) & (1'b1 == ap_CS_fsm_state3))) begin
        s_axis_video_V_user_V_0_ack_out = 1'b1;
    end else begin
        s_axis_video_V_user_V_0_ack_out = 1'b0;
    end
end

always @ (*) begin
    if ((s_axis_video_V_user_V_0_sel == 1'b1)) begin
        s_axis_video_V_user_V_0_data_out = s_axis_video_V_user_V_0_payload_B;
    end else begin
        s_axis_video_V_user_V_0_data_out = s_axis_video_V_user_V_0_payload_A;
    end
end

always @ (*) begin
    case (ap_CS_fsm)
        ap_ST_fsm_state1 : begin
            ap_NS_fsm = ap_ST_fsm_state2;
        end
        ap_ST_fsm_state2 : begin
            if ((~((m_axis_video_V_dest_V_1_ack_in == 1'b0) | (m_axis_video_V_id_V_1_ack_in == 1'b0) | (m_axis_video_V_last_V_1_ack_in == 1'b0) | (m_axis_video_V_user_V_1_ack_in == 1'b0) | (m_axis_video_V_strb_V_1_ack_in == 1'b0) | (m_axis_video_V_keep_V_1_ack_in == 1'b0) | (m_axis_video_V_data_V_1_ack_in == 1'b0)) & (tmp_1_fu_245_p2 == 1'd0) & (m_axis_video_V_dest_V_1_state[1'd0] == 1'b0) & (m_axis_video_V_id_V_1_state[1'd0] == 1'b0) & (m_axis_video_V_last_V_1_state[1'd0] == 1'b0) & (m_axis_video_V_user_V_1_state[1'd0] == 1'b0) & (m_axis_video_V_strb_V_1_state[1'd0] == 1'b0) & (m_axis_video_V_keep_V_1_state[1'd0] == 1'b0) & (m_axis_video_V_data_V_1_state[1'd0] == 1'b0) & (1'b1 == ap_CS_fsm_state2))) begin
                ap_NS_fsm = ap_ST_fsm_state1;
            end else if ((~((m_axis_video_V_dest_V_1_ack_in == 1'b0) | (m_axis_video_V_id_V_1_ack_in == 1'b0) | (m_axis_video_V_last_V_1_ack_in == 1'b0) | (m_axis_video_V_user_V_1_ack_in == 1'b0) | (m_axis_video_V_strb_V_1_ack_in == 1'b0) | (m_axis_video_V_keep_V_1_ack_in == 1'b0) | (m_axis_video_V_data_V_1_ack_in == 1'b0)) & (tmp_1_fu_245_p2 == 1'd1) & (1'b1 == ap_CS_fsm_state2))) begin
                ap_NS_fsm = ap_ST_fsm_state3;
            end else begin
                ap_NS_fsm = ap_ST_fsm_state2;
            end
        end
        ap_ST_fsm_state3 : begin
            if ((~((1'b1 == ap_block_state3_io) | ((tmp_10_fu_381_p2 == 1'd0) & (s_axis_video_V_data_V_0_vld_out == 1'b0))) & (tmp_10_fu_381_p2 == 1'd1) & (1'b1 == ap_CS_fsm_state3))) begin
                ap_NS_fsm = ap_ST_fsm_state2;
            end else if ((~((1'b1 == ap_block_state3_io) | ((tmp_10_fu_381_p2 == 1'd0) & (s_axis_video_V_data_V_0_vld_out == 1'b0))) & (tmp_10_fu_381_p2 == 1'd0) & (1'b1 == ap_CS_fsm_state3))) begin
                ap_NS_fsm = ap_ST_fsm_state4;
            end else begin
                ap_NS_fsm = ap_ST_fsm_state3;
            end
        end
        ap_ST_fsm_state4 : begin
            if (((m_axis_video_V_data_V_1_ack_in == 1'b1) & (1'b1 == ap_CS_fsm_state4))) begin
                ap_NS_fsm = ap_ST_fsm_state3;
            end else begin
                ap_NS_fsm = ap_ST_fsm_state4;
            end
        end
        default : begin
            ap_NS_fsm = 'bx;
        end
    endcase
end

assign ap_CS_fsm_state1 = ap_CS_fsm[32'd0];

assign ap_CS_fsm_state2 = ap_CS_fsm[32'd1];

assign ap_CS_fsm_state3 = ap_CS_fsm[32'd2];

assign ap_CS_fsm_state4 = ap_CS_fsm[32'd3];

always @ (*) begin
    ap_block_state2 = ((m_axis_video_V_dest_V_1_ack_in == 1'b0) | (m_axis_video_V_id_V_1_ack_in == 1'b0) | (m_axis_video_V_last_V_1_ack_in == 1'b0) | (m_axis_video_V_user_V_1_ack_in == 1'b0) | (m_axis_video_V_strb_V_1_ack_in == 1'b0) | (m_axis_video_V_keep_V_1_ack_in == 1'b0) | (m_axis_video_V_data_V_1_ack_in == 1'b0));
end

always @ (*) begin
    ap_block_state3 = ((tmp_10_fu_381_p2 == 1'd0) & (s_axis_video_V_data_V_0_vld_out == 1'b0));
end

always @ (*) begin
    ap_block_state3_io = ((tmp_10_fu_381_p2 == 1'd0) & (m_axis_video_V_data_V_1_ack_in == 1'b0));
end

always @ (*) begin
    ap_rst_n_inv = ~ap_rst_n;
end

assign hsize_in_op_op_fu_313_p2 = (32'd1 + hsize_in);

assign i_1_fu_538_p2 = (32'd2 + i_reg_206);

assign j_1_fu_250_p2 = (j_reg_195 + 31'd1);

assign j_cast_fu_241_p1 = j_reg_195;

assign m_axis_video_TDATA = m_axis_video_V_data_V_1_data_out;

assign m_axis_video_TDEST = m_axis_video_V_dest_V_1_data_out;

assign m_axis_video_TID = m_axis_video_V_id_V_1_data_out;

assign m_axis_video_TKEEP = m_axis_video_V_keep_V_1_data_out;

assign m_axis_video_TLAST = m_axis_video_V_last_V_1_data_out;

assign m_axis_video_TSTRB = m_axis_video_V_strb_V_1_data_out;

assign m_axis_video_TUSER = m_axis_video_V_user_V_1_data_out;

assign m_axis_video_TVALID = m_axis_video_V_dest_V_1_state[1'd0];

assign m_axis_video_V_data_V_1_ack_in = m_axis_video_V_data_V_1_state[1'd1];

assign m_axis_video_V_data_V_1_ack_out = m_axis_video_TREADY;

assign m_axis_video_V_data_V_1_load_A = (m_axis_video_V_data_V_1_state_cmp_full & ~m_axis_video_V_data_V_1_sel_wr);

assign m_axis_video_V_data_V_1_load_B = (m_axis_video_V_data_V_1_state_cmp_full & m_axis_video_V_data_V_1_sel_wr);

assign m_axis_video_V_data_V_1_sel = m_axis_video_V_data_V_1_sel_rd;

assign m_axis_video_V_data_V_1_state_cmp_full = ((m_axis_video_V_data_V_1_state != 2'd1) ? 1'b1 : 1'b0);

assign m_axis_video_V_data_V_1_vld_out = m_axis_video_V_data_V_1_state[1'd0];

assign m_axis_video_V_dest_V_1_ack_in = m_axis_video_V_dest_V_1_state[1'd1];

assign m_axis_video_V_dest_V_1_ack_out = m_axis_video_TREADY;

assign m_axis_video_V_dest_V_1_data_out = 1'd0;

assign m_axis_video_V_dest_V_1_sel = m_axis_video_V_dest_V_1_sel_rd;

assign m_axis_video_V_dest_V_1_vld_out = m_axis_video_V_dest_V_1_state[1'd0];

assign m_axis_video_V_id_V_1_ack_in = m_axis_video_V_id_V_1_state[1'd1];

assign m_axis_video_V_id_V_1_ack_out = m_axis_video_TREADY;

assign m_axis_video_V_id_V_1_data_out = 1'd0;

assign m_axis_video_V_id_V_1_sel = m_axis_video_V_id_V_1_sel_rd;

assign m_axis_video_V_id_V_1_vld_out = m_axis_video_V_id_V_1_state[1'd0];

assign m_axis_video_V_keep_V_1_ack_in = m_axis_video_V_keep_V_1_state[1'd1];

assign m_axis_video_V_keep_V_1_ack_out = m_axis_video_TREADY;

assign m_axis_video_V_keep_V_1_data_out = 3'd0;

assign m_axis_video_V_keep_V_1_sel = m_axis_video_V_keep_V_1_sel_rd;

assign m_axis_video_V_keep_V_1_vld_out = m_axis_video_V_keep_V_1_state[1'd0];

assign m_axis_video_V_last_V_1_ack_in = m_axis_video_V_last_V_1_state[1'd1];

assign m_axis_video_V_last_V_1_ack_out = m_axis_video_TREADY;

assign m_axis_video_V_last_V_1_load_A = (m_axis_video_V_last_V_1_state_cmp_full & ~m_axis_video_V_last_V_1_sel_wr);

assign m_axis_video_V_last_V_1_load_B = (m_axis_video_V_last_V_1_state_cmp_full & m_axis_video_V_last_V_1_sel_wr);

assign m_axis_video_V_last_V_1_sel = m_axis_video_V_last_V_1_sel_rd;

assign m_axis_video_V_last_V_1_state_cmp_full = ((m_axis_video_V_last_V_1_state != 2'd1) ? 1'b1 : 1'b0);

assign m_axis_video_V_last_V_1_vld_out = m_axis_video_V_last_V_1_state[1'd0];

assign m_axis_video_V_strb_V_1_ack_in = m_axis_video_V_strb_V_1_state[1'd1];

assign m_axis_video_V_strb_V_1_ack_out = m_axis_video_TREADY;

assign m_axis_video_V_strb_V_1_data_out = 3'd0;

assign m_axis_video_V_strb_V_1_sel = m_axis_video_V_strb_V_1_sel_rd;

assign m_axis_video_V_strb_V_1_vld_out = m_axis_video_V_strb_V_1_state[1'd0];

assign m_axis_video_V_user_V_1_ack_in = m_axis_video_V_user_V_1_state[1'd1];

assign m_axis_video_V_user_V_1_ack_out = m_axis_video_TREADY;

assign m_axis_video_V_user_V_1_load_A = (m_axis_video_V_user_V_1_state_cmp_full & ~m_axis_video_V_user_V_1_sel_wr);

assign m_axis_video_V_user_V_1_load_B = (m_axis_video_V_user_V_1_state_cmp_full & m_axis_video_V_user_V_1_sel_wr);

assign m_axis_video_V_user_V_1_sel = m_axis_video_V_user_V_1_sel_rd;

assign m_axis_video_V_user_V_1_state_cmp_full = ((m_axis_video_V_user_V_1_state != 2'd1) ? 1'b1 : 1'b0);

assign m_axis_video_V_user_V_1_vld_out = m_axis_video_V_user_V_1_state[1'd0];

assign p_Result_1_fu_427_p3 = {{p_Result_6_fu_417_p4}, {tmp_11_fu_413_p1}};

assign p_Result_2_fu_453_p4 = {{s_axis_video_V_data_V_0_data_out[23:12]}};

assign p_Result_3_fu_463_p4 = {{s_axis_video_V_data_V_0_data_out[47:36]}};

assign p_Result_4_fu_445_p3 = {{p_Result_s_7_fu_435_p4}, {tmp_11_fu_413_p1}};

assign p_Result_5_fu_473_p3 = {{p_Result_3_fu_463_p4}, {p_Result_2_fu_453_p4}};

assign p_Result_6_fu_417_p4 = {{s_axis_video_V_data_V_0_data_out[59:48]}};

assign p_Result_s_7_fu_435_p4 = {{s_axis_video_V_data_V_0_data_out[71:60]}};

assign p_Result_s_fu_403_p4 = {{s_axis_video_V_data_V_0_data_out[47:24]}};

assign p_lshr_fu_331_p4 = {{p_neg_fu_326_p2[31:1]}};

assign p_neg_fu_326_p2 = (hsize_in ^ 32'd4294967295);

assign p_neg_t_fu_341_p2 = (31'd0 - p_lshr_fu_331_p4);

assign s_axis_video_TREADY = s_axis_video_V_dest_V_0_state[1'd1];

assign s_axis_video_V_data_V_0_ack_in = s_axis_video_V_data_V_0_state[1'd1];

assign s_axis_video_V_data_V_0_load_A = (s_axis_video_V_data_V_0_state_cmp_full & ~s_axis_video_V_data_V_0_sel_wr);

assign s_axis_video_V_data_V_0_load_B = (s_axis_video_V_data_V_0_state_cmp_full & s_axis_video_V_data_V_0_sel_wr);

assign s_axis_video_V_data_V_0_sel = s_axis_video_V_data_V_0_sel_rd;

assign s_axis_video_V_data_V_0_state_cmp_full = ((s_axis_video_V_data_V_0_state != 2'd1) ? 1'b1 : 1'b0);

assign s_axis_video_V_data_V_0_vld_in = s_axis_video_TVALID;

assign s_axis_video_V_data_V_0_vld_out = s_axis_video_V_data_V_0_state[1'd0];

assign s_axis_video_V_dest_V_0_vld_in = s_axis_video_TVALID;

assign s_axis_video_V_last_V_0_ack_in = s_axis_video_V_last_V_0_state[1'd1];

assign s_axis_video_V_last_V_0_load_A = (s_axis_video_V_last_V_0_state_cmp_full & ~s_axis_video_V_last_V_0_sel_wr);

assign s_axis_video_V_last_V_0_load_B = (s_axis_video_V_last_V_0_state_cmp_full & s_axis_video_V_last_V_0_sel_wr);

assign s_axis_video_V_last_V_0_sel = s_axis_video_V_last_V_0_sel_rd;

assign s_axis_video_V_last_V_0_state_cmp_full = ((s_axis_video_V_last_V_0_state != 2'd1) ? 1'b1 : 1'b0);

assign s_axis_video_V_last_V_0_vld_in = s_axis_video_TVALID;

assign s_axis_video_V_last_V_0_vld_out = s_axis_video_V_last_V_0_state[1'd0];

assign s_axis_video_V_user_V_0_ack_in = s_axis_video_V_user_V_0_state[1'd1];

assign s_axis_video_V_user_V_0_load_A = (s_axis_video_V_user_V_0_state_cmp_full & ~s_axis_video_V_user_V_0_sel_wr);

assign s_axis_video_V_user_V_0_load_B = (s_axis_video_V_user_V_0_state_cmp_full & s_axis_video_V_user_V_0_sel_wr);

assign s_axis_video_V_user_V_0_sel = s_axis_video_V_user_V_0_sel_rd;

assign s_axis_video_V_user_V_0_state_cmp_full = ((s_axis_video_V_user_V_0_state != 2'd1) ? 1'b1 : 1'b0);

assign s_axis_video_V_user_V_0_vld_in = s_axis_video_TVALID;

assign s_axis_video_V_user_V_0_vld_out = s_axis_video_V_user_V_0_state[1'd0];

assign sel_tmp10_fu_296_p2 = (tmp_3_fu_260_p2 & sel_tmp3_reg_585);

assign sel_tmp11_fu_301_p2 = (tmp_2_fu_256_p1 & sel_tmp3_reg_585);

assign sel_tmp1_fu_266_p2 = (tmp_3_fu_260_p2 & sel_tmp_reg_567);

assign sel_tmp2_fu_281_p2 = (tmp_2_fu_256_p1 & sel_tmp7_reg_573);

assign sel_tmp3_fu_235_p2 = ((pattern_V == 2'd3) ? 1'b1 : 1'b0);

assign sel_tmp4_fu_229_p2 = ((pattern_V == 2'd2) ? 1'b1 : 1'b0);

assign sel_tmp5_fu_271_p2 = (tmp_2_fu_256_p1 & sel_tmp_reg_567);

assign sel_tmp6_fu_286_p2 = (tmp_3_fu_260_p2 & sel_tmp4_reg_579);

assign sel_tmp7_fu_223_p2 = ((pattern_V == 2'd1) ? 1'b1 : 1'b0);

assign sel_tmp8_fu_276_p2 = (tmp_3_fu_260_p2 & sel_tmp7_reg_573);

assign sel_tmp9_fu_291_p2 = (tmp_2_fu_256_p1 & sel_tmp4_reg_579);

assign sel_tmp_fu_217_p2 = ((pattern_V == 2'd0) ? 1'b1 : 1'b0);

assign tmp_10_fu_381_p2 = ((i_reg_206 == tmp_9_reg_639) ? 1'b1 : 1'b0);

assign tmp_11_fu_413_p1 = s_axis_video_V_data_V_0_data_out[11:0];

assign tmp_1_fu_245_p2 = (($signed(j_cast_fu_241_p1) < $signed(vsize_in)) ? 1'b1 : 1'b0);

assign tmp_2_fu_256_p1 = j_reg_195[0:0];

assign tmp_3_fu_260_p2 = (tmp_2_fu_256_p1 ^ 1'd1);

assign tmp_4_fu_306_p3 = hsize_in[32'd31];

assign tmp_5_fu_318_p3 = hsize_in_op_op_fu_313_p2[32'd31];

assign tmp_6_fu_347_p4 = {{hsize_in_op_op_fu_313_p2[31:1]}};

assign tmp_7_fu_357_p3 = ((tmp_5_fu_318_p3[0:0] === 1'b1) ? p_neg_t_fu_341_p2 : tmp_6_fu_347_p4);

assign tmp_8_fu_365_p3 = ((tmp_4_fu_306_p3[0:0] === 1'b1) ? 31'd0 : tmp_7_fu_357_p3);

assign tmp_9_fu_373_p3 = {{tmp_8_fu_365_p3}, {1'd0}};

assign video_o_data_V_11_fu_523_p3 = ((sel_tmp10_reg_629[0:0] === 1'b1) ? p_Result_1_fu_427_p3 : video_o_data_V_9_fu_516_p3);

assign video_o_data_V_4_fu_481_p3 = ((sel_tmp1_reg_599[0:0] === 1'b1) ? p_Result_s_fu_403_p4 : p_Val2_s_fu_126);

assign video_o_data_V_5_fu_488_p3 = ((sel_tmp5_reg_604[0:0] === 1'b1) ? p_Result_1_fu_427_p3 : video_o_data_V_4_fu_481_p3);

assign video_o_data_V_6_fu_495_p3 = ((sel_tmp8_reg_609[0:0] === 1'b1) ? p_Result_4_fu_445_p3 : video_o_data_V_5_fu_488_p3);

assign video_o_data_V_7_fu_502_p3 = ((sel_tmp2_reg_614[0:0] === 1'b1) ? p_Result_5_fu_473_p3 : video_o_data_V_6_fu_495_p3);

assign video_o_data_V_8_fu_509_p3 = ((sel_tmp6_reg_619[0:0] === 1'b1) ? p_Result_5_fu_473_p3 : video_o_data_V_7_fu_502_p3);

assign video_o_data_V_9_fu_516_p3 = ((sel_tmp9_reg_624[0:0] === 1'b1) ? p_Result_4_fu_445_p3 : video_o_data_V_8_fu_509_p3);

assign video_o_data_V_fu_530_p3 = ((sel_tmp11_reg_634[0:0] === 1'b1) ? p_Result_s_fu_403_p4 : video_o_data_V_11_fu_523_p3);

always @ (posedge ap_clk) begin
    tmp_9_reg_639[0] <= 1'b0;
end

endmodule //rgb2bayer